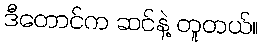
ဒီတောင်က ဆင်နဲ့ တူတယ်။